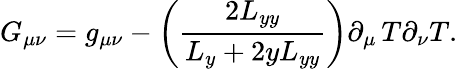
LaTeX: G_{\mu\nu}=g_{\mu\nu}-\left(\frac{2L_{yy}}{L_{y}+2yL_{yy}}\right)\partial_{\mu}\thinspace T\partial_{\nu}T.